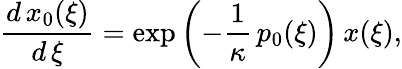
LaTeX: \frac{d\, x_{0}(\xi)}{d\, \xi}=\exp\left(-\frac 1\kappa\, p_{0}(\xi)\right)\, x(\xi),